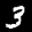
Label: 3